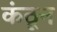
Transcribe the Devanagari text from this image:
कंठून